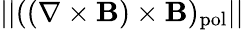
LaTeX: ||((\nabla\times\mathbf B)\times\mathbf B)_{\mathrm{pol}}||